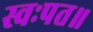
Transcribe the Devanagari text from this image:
स्वःपत॥